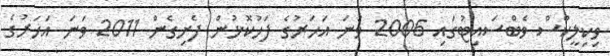
ވިކިލީކްސް ވެބްސައިޓުގައި 2006 ވަނަ އަހަރުގެ ފަހުކޮޅުން ފެށިގެން 2011 ވަނަ އަހަރުގެ